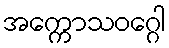
အက္ကောသဝဂ္ဂေါ